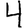
Digit: 4